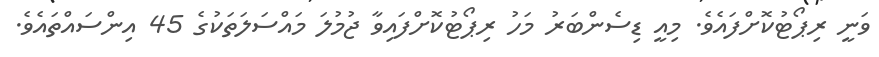
ވަނީ ރިޕޯޓުކޮށްފައެވެ. މިއީ ޑިސެންބަރު މަހު ރިޕޯޓުކޮށްފައިވާ ޖުމުލަ މައްސަލަތަކުގެ 45 އިންސައްތައެވެ.